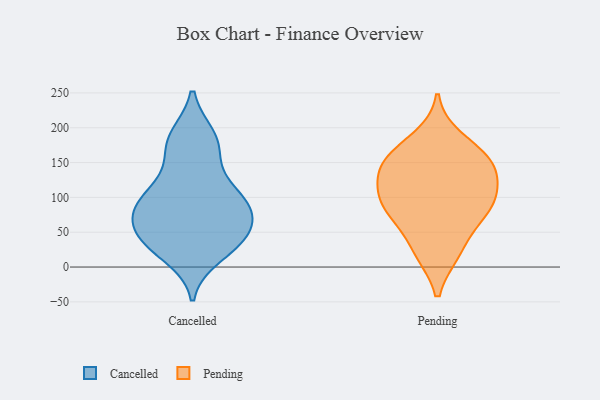
{"axis": {"x": "Demand Index", "y": "Value"}, "legend": ["Cancelled", "Pending"], "data": [{"x": "", "y": 82, "type": "Cancelled"}, {"x": "", "y": 117, "type": "Cancelled"}, {"x": "", "y": 30, "type": "Cancelled"}, {"x": "", "y": 88, "type": "Cancelled"}, {"x": "", "y": 17, "type": "Cancelled"}, {"x": "", "y": 67, "type": "Cancelled"}, {"x": "", "y": 42, "type": "Cancelled"}, {"x": "", "y": 158, "type": "Cancelled"}, {"x": "", "y": 107, "type": "Cancelled"}, {"x": "", "y": 100, "type": "Cancelled"}, {"x": "", "y": 184, "type": "Cancelled"}, {"x": "", "y": 178, "type": "Cancelled"}, {"x": "", "y": 46, "type": "Cancelled"}, {"x": "", "y": 36, "type": "Cancelled"}, {"x": "", "y": 43, "type": "Cancelled"}, {"x": "", "y": 187, "type": "Cancelled"}, {"x": "", "y": 79, "type": "Cancelled"}, {"x": "", "y": 86, "type": "Cancelled"}, {"x": "", "y": 139, "type": "Pending"}, {"x": "", "y": 185, "type": "Pending"}, {"x": "", "y": 21, "type": "Pending"}, {"x": "", "y": 135, "type": "Pending"}, {"x": "", "y": 95, "type": "Pending"}, {"x": "", "y": 161, "type": "Pending"}, {"x": "", "y": 109, "type": "Pending"}, {"x": "", "y": 86, "type": "Pending"}, {"x": "", "y": 153, "type": "Pending"}, {"x": "", "y": 76, "type": "Pending"}, {"x": "", "y": 151, "type": "Pending"}, {"x": "", "y": 21, "type": "Pending"}, {"x": "", "y": 102, "type": "Pending"}, {"x": "", "y": 65, "type": "Pending"}]}